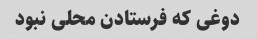
دوغی که فرستادن محلی نبود